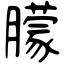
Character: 朦